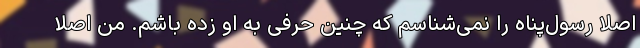
اصلاً رسول‌پناه را نمی‌شناسم که چنین حرفی به او زده باشم. من اصلاً